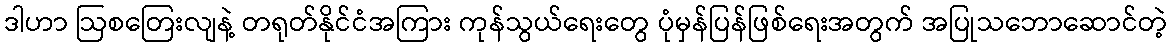
ဒါဟာ ဩစတြေးလျနဲ့ တရုတ်နိုင်ငံအကြား ကုန်သွယ်ရေးတွေ ပုံမှန်ပြန်ဖြစ်ရေးအတွက် အပြုသဘောဆောင်တဲ့